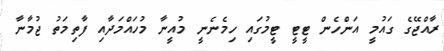
ރާއްޖޭގެ ގައުމީ އަންހެން ޓީޓީ ޓީމުގައި ހިމެނެނީ މުއީނާ މުހައްމަދާއި ފާތިމަތު ޖުމާނާ